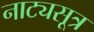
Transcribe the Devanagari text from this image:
नाट्यसूत्र